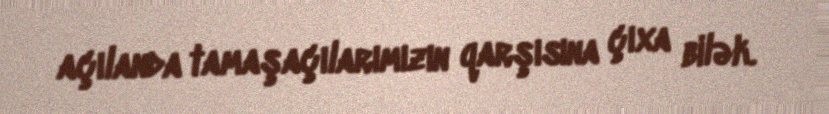
açılanda tamaşaçılarımızın qarşısına çıxa bilək.